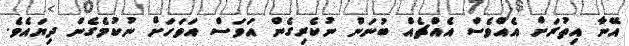
އޭނާ އިތުރަށް އެއްވެސް އެއްޗެއް ބުނަން ނުކެރިގެން އަވަސް އަވަހަށް ނުކުމެގެން ދިޔައެވެ.